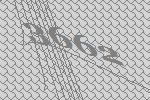
3662